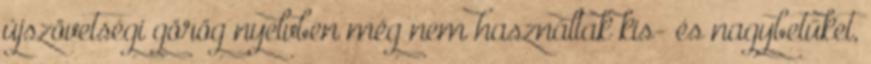
újszövetségi görög nyelvben még nem használtak kis- és nagybetűket,